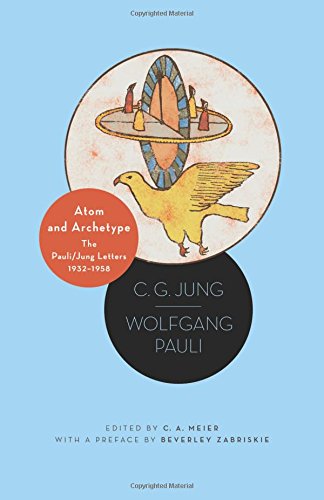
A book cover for Atom and Archetype: The Pauli/Jung Letters, 1932-1958; C. G. Jung; Medical Books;